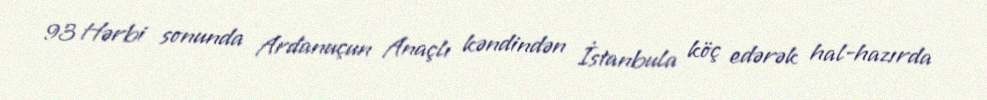
93 Hərbi sonunda Ardanuçun Anaçlı kəndindən İstanbula köç edərək hal-hazırda